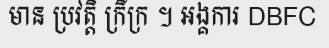
មាន ប្រវត្តិ ក្រីក្រ ។ អង្គការ DBFC